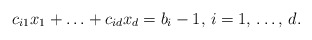
\begin{align*}c_{i1}x_{1}+\mathellipsis +c_{id}x_{d}=b_{i}-1,\thinspace i=1,\thinspace \mathellipsis ,\thinspace d.\end{align*}